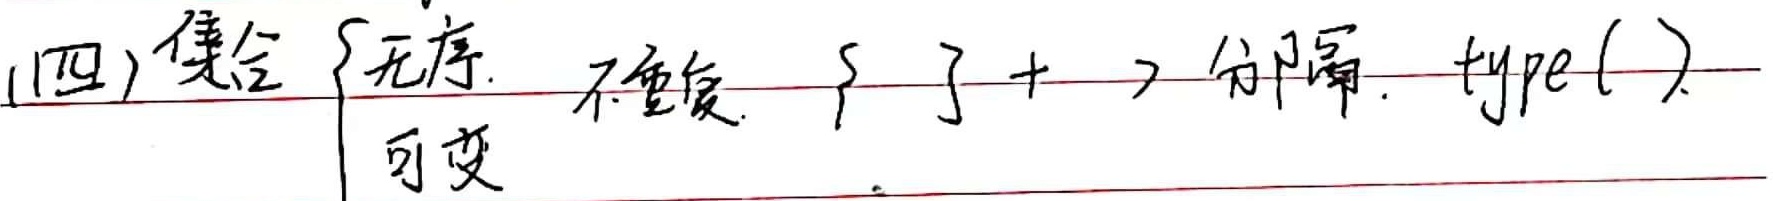
(四) 集合 \(\begin{cases}\text{无序.} \\ \text{不重复.} \\ \text{可变}\end{cases}\) ，用 \(, \) 分隔。\(\text{type}()\)